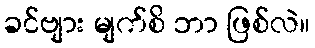
ခင်ဗျား မျက်စိ ဘာ ဖြစ်လဲ။